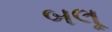
બલૂ